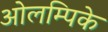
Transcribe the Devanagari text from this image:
ओलम्पिके